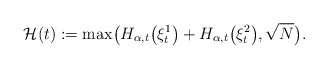
\begin{align*}\mathcal H(t):= \max \bigl( H_{\alpha,t}\bigl(\xi^1_t\bigr)+H_{\alpha,t}\bigl(\xi ^2_t\bigr), \sqrt{N}\bigr).\end{align*}